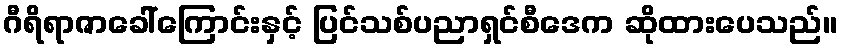
ဂီရိရာဇာခေါ်ကြောင်းနှင့် ပြင်သစ်ပညာရှင်စီဒေက ဆိုထားပေသည်။